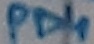
Text: PD4